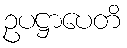
ဥပဋ္ဌာပေတိ